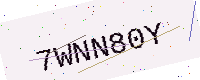
Text: 7WNN80Y